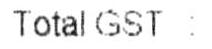
TOTAL GST :